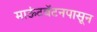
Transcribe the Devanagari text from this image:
माऊंटबॅटनपासून